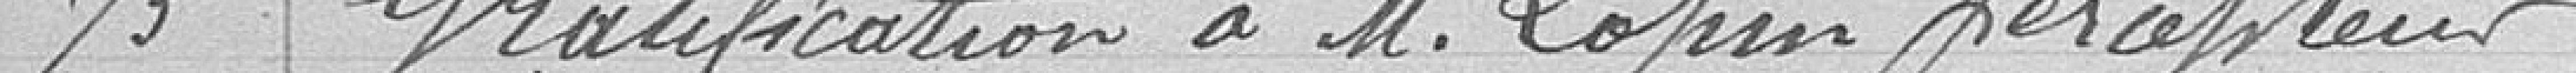
73 Gratification à M. Lopin percepteur